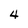
Character: 4